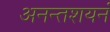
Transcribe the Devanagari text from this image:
अनन्तशयनं